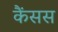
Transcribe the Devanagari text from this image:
कैंसस